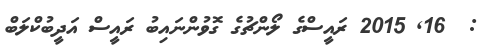
:  16